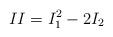
LaTeX: \begin{align*}II=I_{1}^{2}-2I_{2}\end{align*}